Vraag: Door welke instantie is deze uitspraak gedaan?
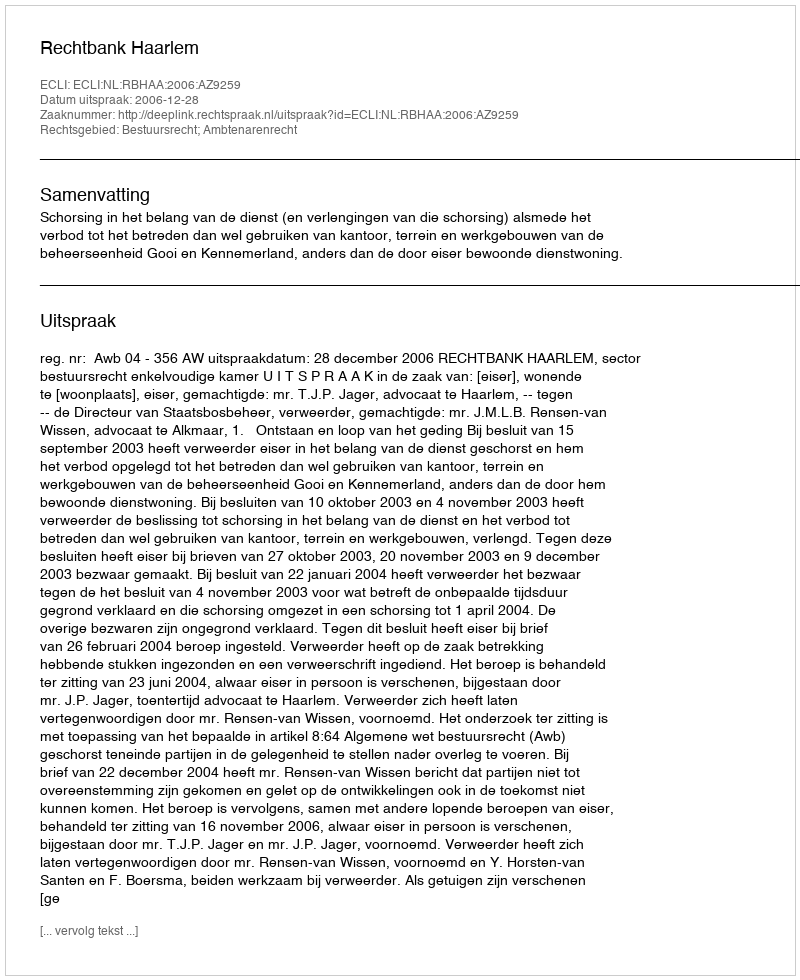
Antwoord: Rechtbank Haarlem